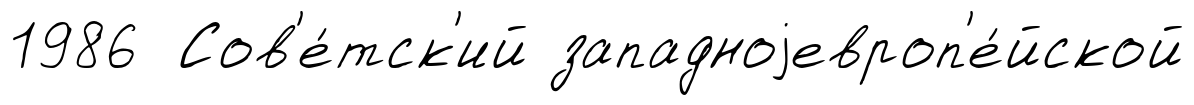
1986 Сов'е́тск'ий западноjевроп'е́йской